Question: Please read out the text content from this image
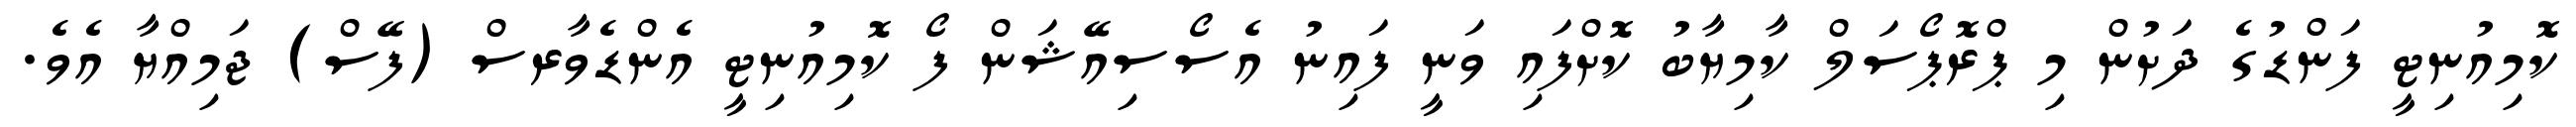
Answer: ކޮމިއުނިޓީ ފަންޑުގެ ދަށުން މި ޕްރޮޕޯސަލް ކާމިޔާބު ކޮށްފައި ވަނީ ފައިނު އެސޯސިއޭޝަން ފޯ ކޮމިއުނިޓީ އެންޑެވާރސް (ފޭސް) ޖަމިއްޔާ އެވެ.